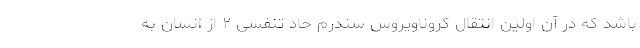
باشد که در آن اولین انتقال کروناویروس سندرم حاد تنفسی ۲ از انسان به